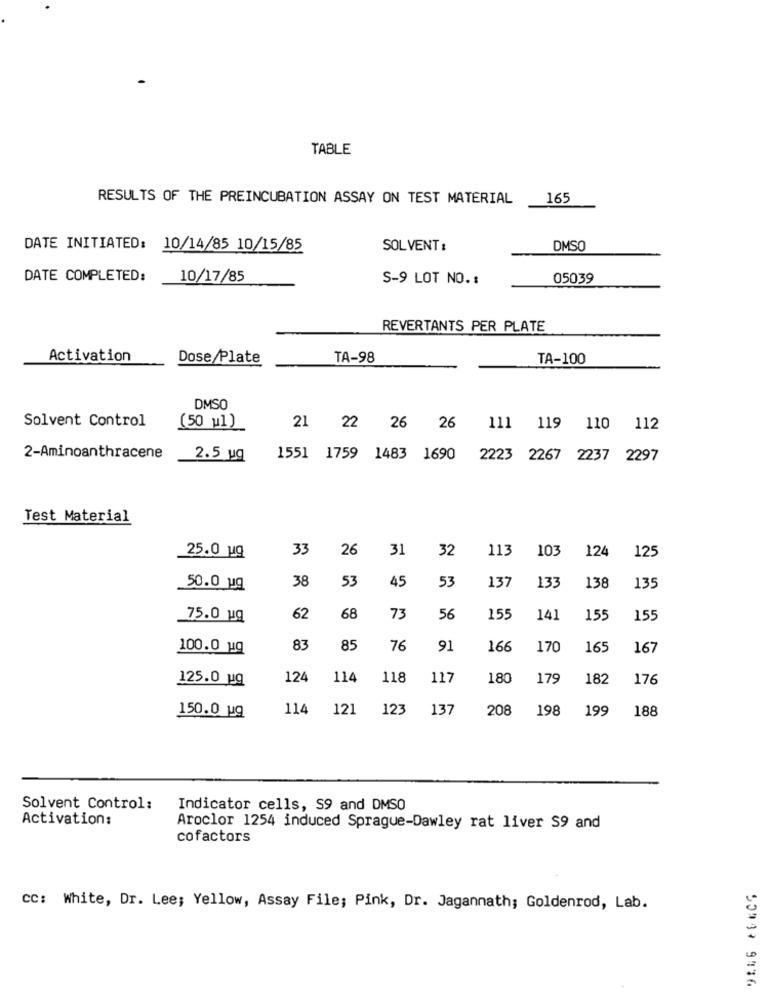
TABLE
RESULTS OF THE PREINCUBATION ASSAY ON TEST MATERIAL
165
DATE INITIATED: 10/14/85 10/15/85
SOLVENT :
DMSO
DATE COMPLETED:
10/17/85
S-9 LOT NO. :
05039
REVERTANTS PER PLATE
Activation
Dose Plate
TA-98
TA-100
DMSO
Solvent Control
(50 u1)
21 22 26 26
111 119 110 112
2-Aminoanthracene
2.5 ug
1551 1759 1483 1690
2223 2267 2237 2297
Test Material
33
26
31
32
113
103
124
125
25.0 uq
38
53
45
137
133
138
50.0 ug
53
135
75.0 uq
62
68
73
56
155
141
155
155
100.0 ug
83
85
76
91
166
170
165
167
125.0 ug
124
114
118
117
180
179
182
176
114
121
123
137
208
198
199
188
150.0 ug
Solvent Control:
Indicator cells, S9 and DMSO
Activation:
Aroclor 1254 induced Sprague-Dawley rat liver S9 and
cofactors
CC: White, Dr. Lee; Yellow, Assay File; Pink, Dr. Jagannath; Goldenrod, Lab.